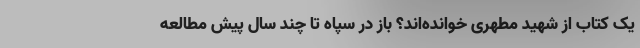
یک کتاب از شهید مطهری خوانده‌اند؟ باز در سپاه تا چند سال پیش مطالعه